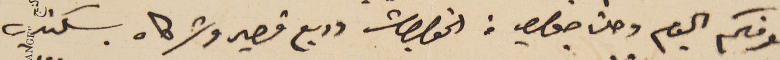
نعرفكم اليوم وصلنا جواب من الخواجات وديع قصير وشركاه بسكندريه